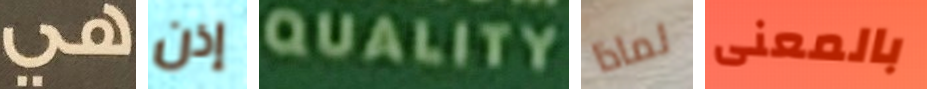
هي إذن QUALITY لماذا بالمعنى